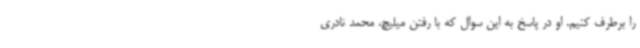
را برطرف کنیم. او در پاسخ به این سوال که با رفتن میلیچ، محمد نادری